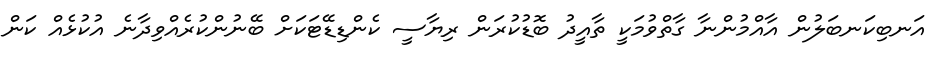
އަނބިކަނބަލުން އާއްމުންނާ ގާތްވުމަކީ ތާއީދު ބޮޑުކުރަން ރިޔާސީ ކެންޑިޑޭޓަކަށް ބޭނުންކުރެއްވިދާނެ އުކުޅެއް ކަން